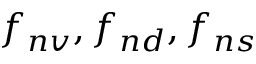
f _ { n v } , f _ { n d } , f _ { n s }